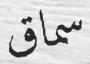
سماق